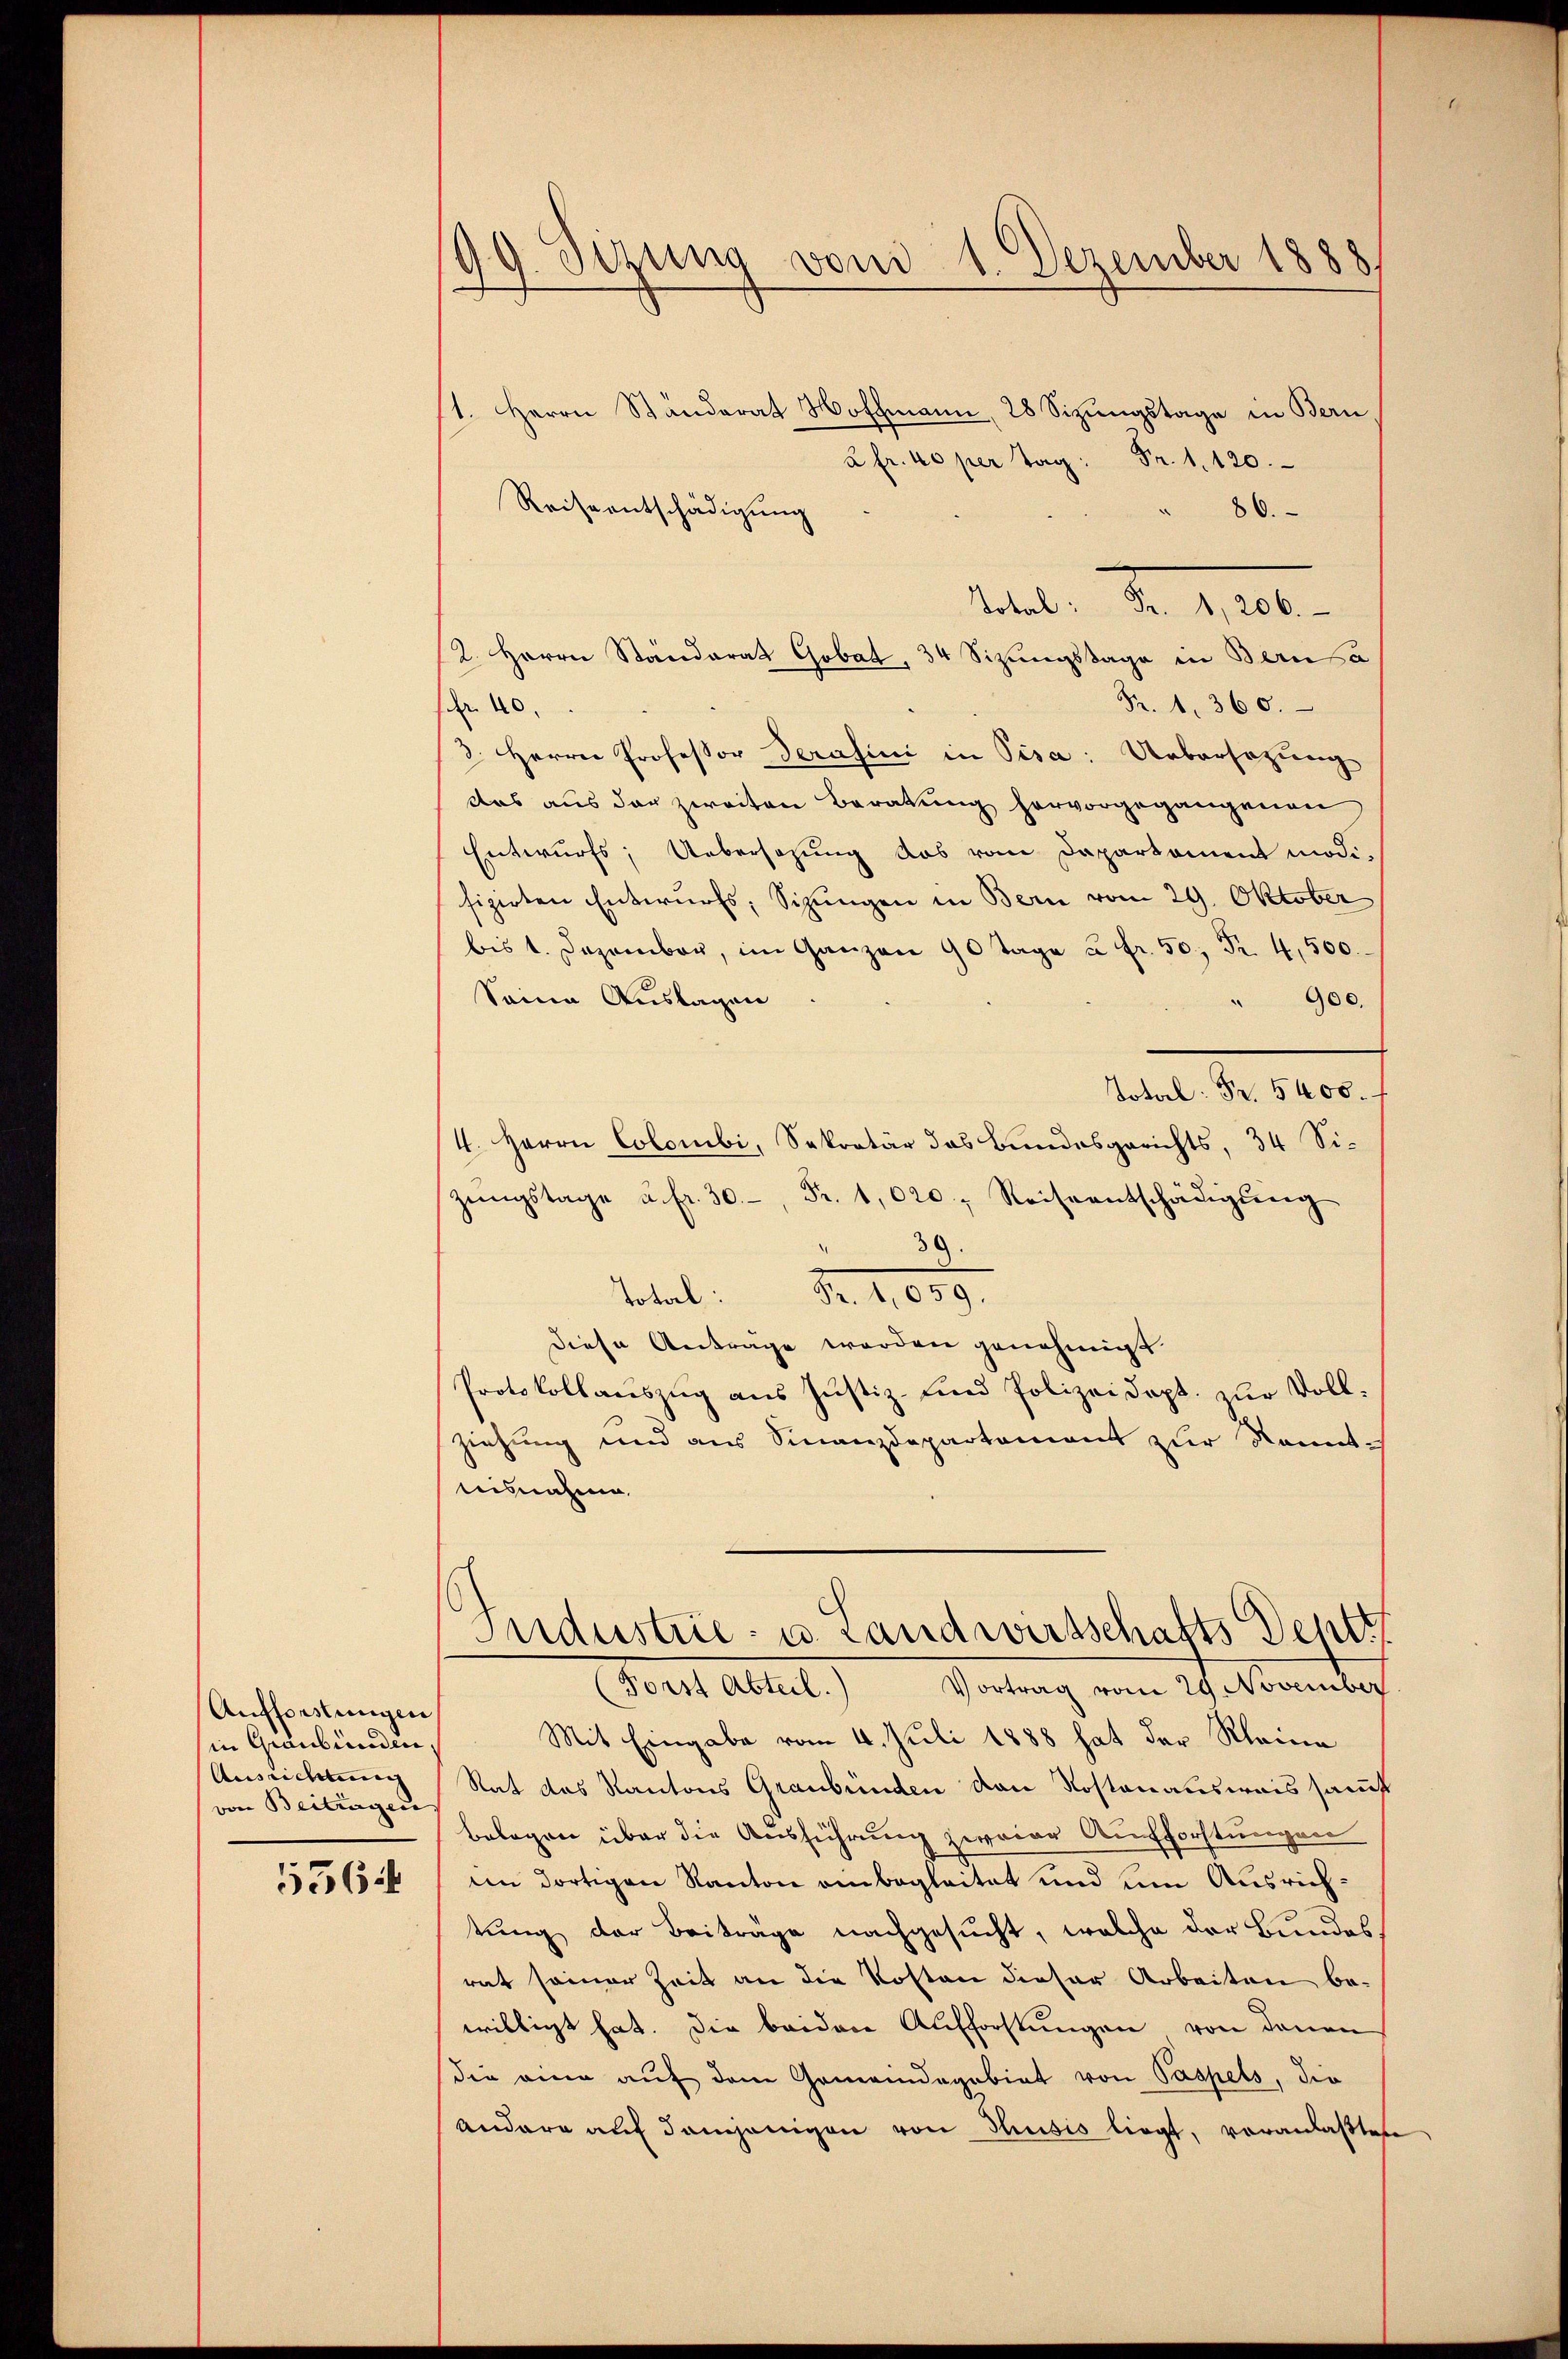
Aufforstungen
in Graubünden,
Ausrichtung
von Beitragen
5564

.
9. Sitzung vom 1. Dezember 1888
¬

1. Herrn Ständerat Hoffmann, 28 Sizungstage in Bern
2 fr. 40 per Tag Fr. 1120.
Reiseentschädigung
86.
Metale Nr. 1910.
2. Herrn Ständerat Gobat, 34 Sizungstage in Berusa
R. 1. 360.
 40.
2. Herrn Professor Serasini in Pisa: Uebersetzung
das aus der zweiten Beratung hervorgegangenen
Entwurfs, Uebersagung das vom Departament modifizirten Entwurfs, Sitzungen in Bern vom 29. Oktober
bis 1. Dezember, im Ganzen 90 Tage u. fr. 50 Fr. 4,500.
" 900.
Seine Auslagen
Total: Fr. 5400.
4. Herrn Colombi, Sekretär das Bundesgerichts, 34 Sizŭngstage u. fr. 30 Fr. 1020. Reiseentschädigŭng
39.
Total Fr. 1089.
diese Anträge werden genehmigt
Protokollauszug aus Justiz- und Polizeidept. zur Vollziehung und aus Finanzdepartement zur Kenntteisnahme
ndustrie- u. Landwirtschafts Dent
Forst Abteil.)
Vortrag vom 29 November
Mit Eingabe vom 4. Juli 1888 hat der Kleine
Rat das Kantons Graubünden den Kostenausweis samst
belegen über die Ausführung zweier Aufforstungen
im dortigen Kanton anbegleitet und um Ausrichtung der Beiträge nachgesucht, welche der Bundes
rat seiner Zeit an die Kosten dieser Arbeiten be-
willigt hat. Die beiden Aufforstungen von denen
die eine auf dem Gemeindegebiet von Paspels, die
andere auf demjenigen von Thusis liegt, veranlaßten